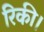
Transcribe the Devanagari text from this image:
रिकी।